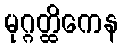
မုဂ္ဂတ္ထိကေန